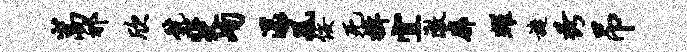
嵩祁欣号斐峋漾风佞死揖宜澈廓耀旋秀吊